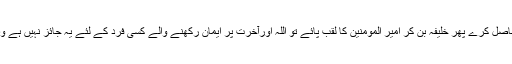
جو شخص تلوار کے زور سے تسلط حاصل کرے پھر خلیفہ بن کر امیر المومنین کا لقب پائے تو اللہ اورآخرت پر ایمان رکھنے والے کسی فرد کے لئے یہ جائز نہیں ہے وہ اس کو امام جانے بغیر رات گزارے۔